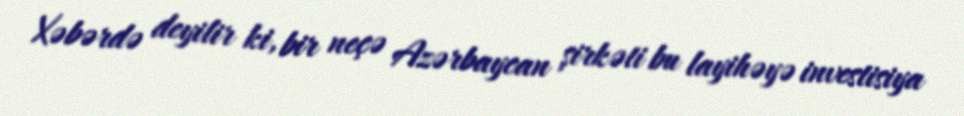
Xəbərdə deyilir ki, bir neçə Azərbaycan şirkəti bu layihəyə investisiya